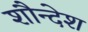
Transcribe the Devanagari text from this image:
शौन्देश